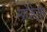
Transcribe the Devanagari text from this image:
स्प्रोकेट्स